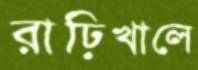
রাঢ়িখালে